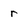
Character: r